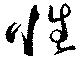
性